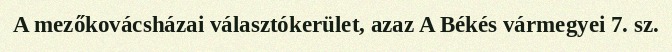
A mezőkovácsházai választókerület, azaz A Békés vármegyei 7. sz.